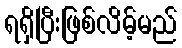
ရရှိပြီးဖြစ်လိမ့်မည်